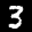
Label: 3